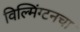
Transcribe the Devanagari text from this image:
विल्मिंग्टनचा